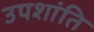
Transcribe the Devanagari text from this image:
उपशांति